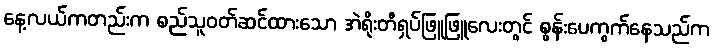
နေ့လယ်ကတည်းက စည်သူဝတ်ဆင်ထားသော အဲရိုးတီရှပ်ဖြူဖြူလေးတွင် စွန်းပေကွက်နေသည်က